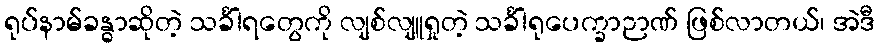
ရုပ်နာမ်ခန္ဓာဆိုတဲ့ သင်္ခါရတွေကို လျစ်လျူရှုတဲ့ သင်္ခါရုပေက္ခာဉာဏ် ဖြစ်လာတယ်၊ အဲဒီ